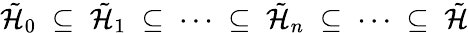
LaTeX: \tilde{{\cal H}}_{0}\; \subseteq\; \tilde{{\cal H}}_{1}\; \subseteq\; \cdots\; \subseteq\; \tilde{{\cal H}}_{n}\; \subseteq\; \cdots\; \subseteq\; \tilde{{\cal H}}